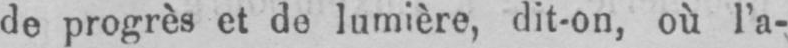
de progrès et de lumière, dit-on, où l’a-